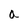
Character: a